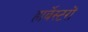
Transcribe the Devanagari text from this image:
हार्वेस्टरों